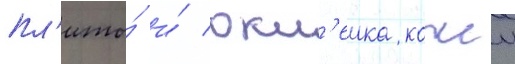
пл'иты́ и́ окл'еика кожеи